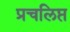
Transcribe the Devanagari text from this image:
प्रचलिप्त